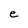
Character: e